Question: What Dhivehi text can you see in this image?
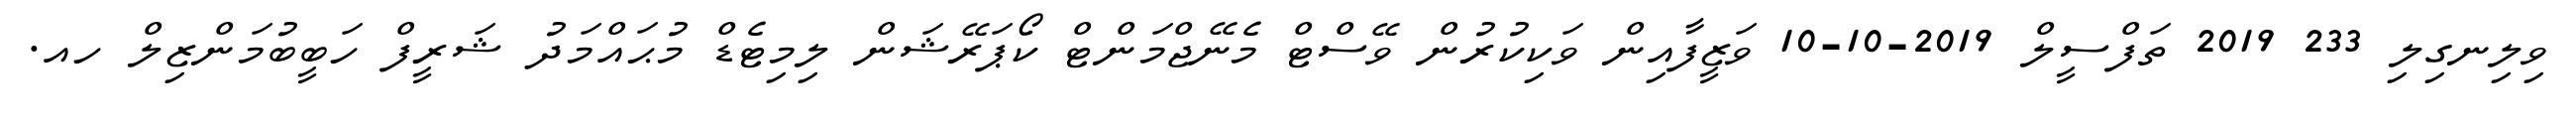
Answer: ވިލިނގިލި 233 2019 ތަފްސީލް 2019-10-10 ވަޒީފާއިން ވަކިކުރުން ވޭސްޓް މެނޭޖްމަންޓް ކޯޕަރޭޝަން ލިމިޓެޑް މުޙައްމަދު ޝަރީފް ހަބީބުމަންޒިލް ހއ.